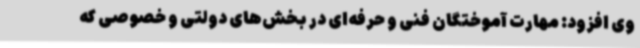
وی افزود: مهارت آموختگان فنی و حرفه‌ای در بخش‌های دولتی و خصوصی که